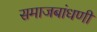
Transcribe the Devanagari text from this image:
समाजबांधणी